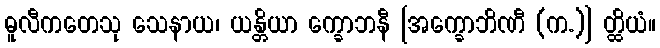
ဓူလီကတေသု သေနာယ၊ ယန္တိယာ က္ခောဘနီ [အက္ခောဘိဏီ (က.)] တ္ထိယံ။